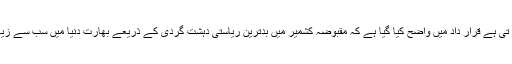
کمیٹی سخت الفاظ میں ان بیانات کی مزمت کر تی ہے قرار داد میں واضح کیا گیا ہے کہ مقبوضہ کشمیر میں بدترین ریاستی دہشت گردی کے ذریعے بھارت دنیا میں سب سے زیادہ دہشت گردی کو فروغ دینے میں ملوث ہے۔